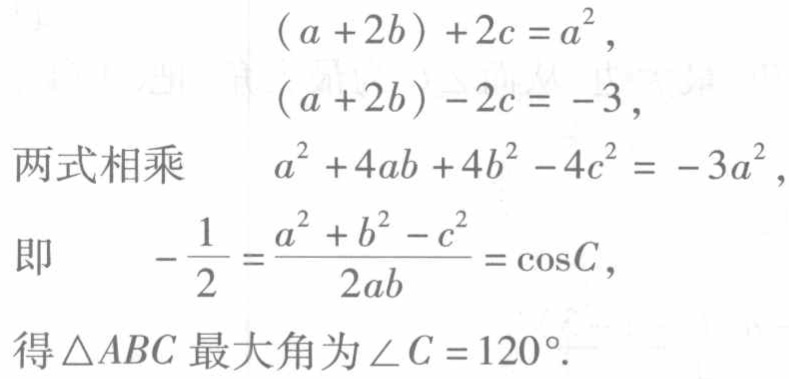
\[(a + 2b)+2c = a^{2},\]
\[(a + 2b)-2c = - 3,\]
两式相乘 \[a^{2}+4ab + 4b^{2}-4c^{2}=-3a^{2},\]
即 \[-\frac{1}{2}=\frac{a^{2}+b^{2}-c^{2}}{2ab}=\cos C,\]
得\(\triangle ABC\)最大角为\(\angle C = 120^{\circ}\).